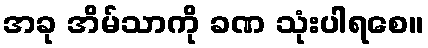
အခု အိမ်သာကို ခဏ သုံးပါရစေ။